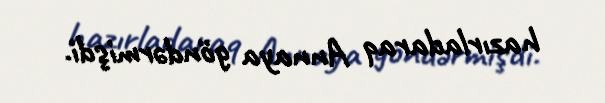
hazırladaraq Annaya göndərmişdi.